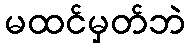
မထင်မှတ်ဘဲ